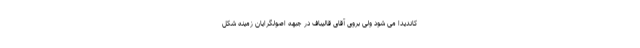
کاندیدا می شود ولی بروی آقای قالیباف در جبهه اصولگرایان زمینه شکل